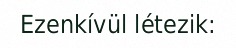
Ezenkívül létezik: